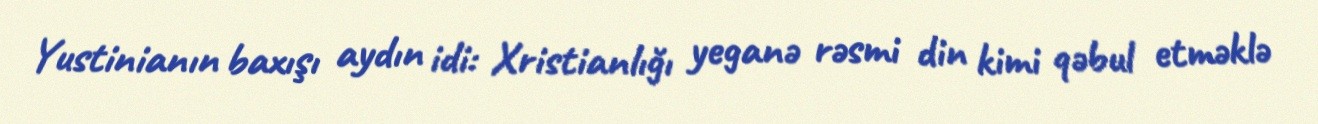
Yustinianın baxışı aydın idi: Xristianlığı yeganə rəsmi din kimi qəbul etməklə